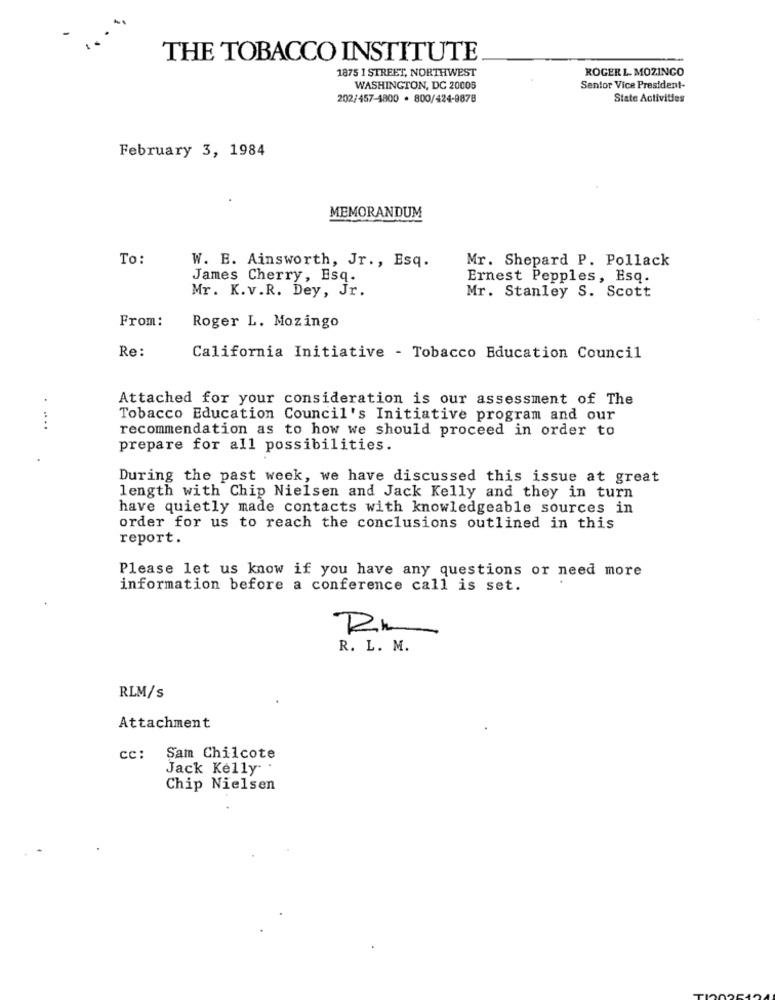
THE TOBACCO INSTITUTE
1875 1 STREET, NORTHWEST
ROGER L. MOZINCO
WASHINGTON, DC 20008
Senior Vice President-
202/457-1800 · 800/424-9878
State Activities
February 3, 1984
MEMORANDUM
To:
W. E. Ainsworth, Jr ., Esq.
Mr. Shepard P. Pollack
James Cherry, Esq.
Ernest Pepples, Esq.
Mr. K.v.R. Dey, Jr.
Mr. Stanley S. Scott
From:
Roger L. Mozingo
Re:
California Initiative - Tobacco Education Council
Attached for your consideration is our assessment of The
Tobacco Education Council's Initiative program and our
....
recommendation as to how we should proceed in order to
prepare for all possibilities.
During the past week, we have discussed this issue at great
length with Chip Nielsen and Jack Kelly and they in turn
have quietly made contacts with knowledgeable sources in
order for us to reach the conclusions outlined in this
report.
Please let us know if you have any questions or need more
information before a conference call is set.
R. L. M.
RLM/s
Attachment
cc:
Sam Chilcote
Jack Kelly .
Chip Nielsen